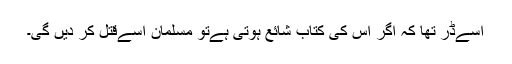
اسےڈر تھا کہ اگر اس کی کتاب شائع ہوتی ہےتو مسلمان اسےقتل کر دیں گی۔